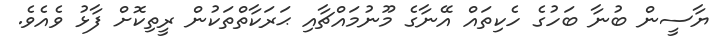
ޔާސީން ބުނާ ބަހުގެ ހެކިތައް އޭނާގެ މޫނުމައްޗާއި ޙަރަކާތްތަކުން ރީތިކޮށް ފާޅު ވެއެވެ.